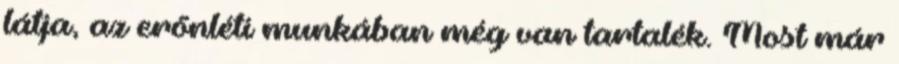
látja, az erőnléti munkában még van tartalék. Most már